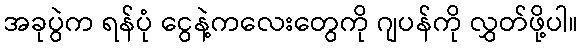
အခုပွဲက ရန်ပုံ ငွေနဲ့ကလေးတွေကို ဂျပန်ကို လွှတ်ဖို့ပါ။